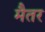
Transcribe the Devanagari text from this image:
मैतर